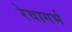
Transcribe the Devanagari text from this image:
रेवागर्भ